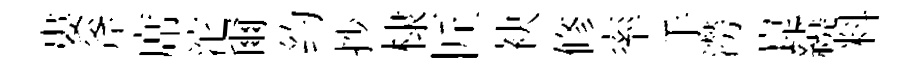
婁斧席沱爾约抄棣匠袂修率手澇崑繞料